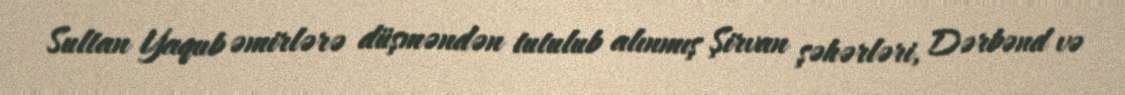
Sultan Yaqub əmirlərə düşməndən tutulub alınmış Şirvan şəhərləri, Dərbənd və